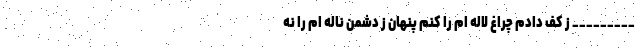
_________ ز کف دادم چراغ لاله ام را کنم پنهان ز دشمن ناله ام را نه